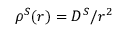
\rho ^ { S } ( r ) = D ^ { S } / r ^ { 2 }